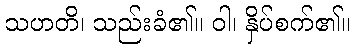
သဟတိ၊ သည်းခံ၏။ ဝါ၊ နှိပ်စက်၏။